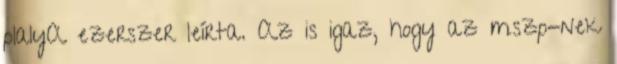
plalyA ezerszer leírta. Az is igaz, hogy az mszp-nek